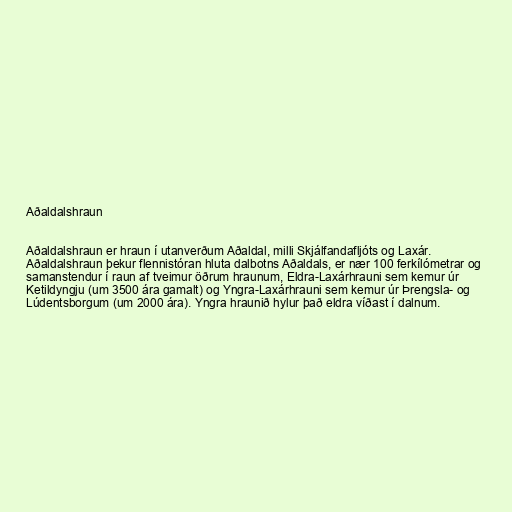
Aðaldalshraun

Aðaldalshraun er hraun í utanverðum Aðaldal, milli Skjálfandafljóts og Laxár.
Aðaldalshraun þekur flennistóran hluta dalbotns Aðaldals, er nær 100 ferkílómetrar og
samanstendur í raun af tveimur öðrum hraunum, Eldra-Laxárhrauni sem kemur úr
Ketildyngju (um 3500 ára gamalt) og Yngra-Laxárhrauni sem kemur úr Þrengsla- og
Lúdentsborgum (um 2000 ára). Yngra hraunið hylur það eldra víðast í dalnum.